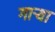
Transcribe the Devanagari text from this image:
गाऱ्या